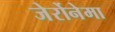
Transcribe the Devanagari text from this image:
जेर्रोनेमा